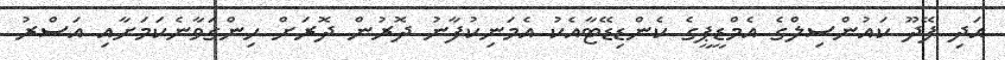
އަދި ފޭދޫ ކައުންސިލްގެ އެމްޑީޕީގެ ކެންޑިޑޭޓާއެކު އެމަނިކުފާނު ދޮރުން ދޮރަށް ހިންގަވާނެކަމަށާއި އަސްރު